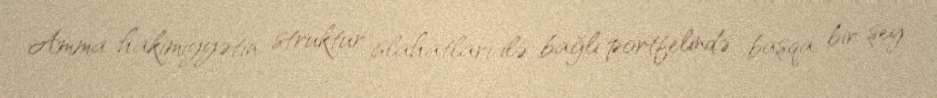
Amma hakimiyyətin struktur islahatları ilə bağlı portfelində başqa bir şey